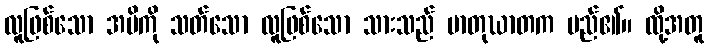
လူဖြစ်သော အမိကို သတ်သော လူဖြစ်သော သားသည် မာတုဃာတက မည်၏။ ထို့အတူ